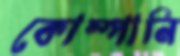
কোম্পানি